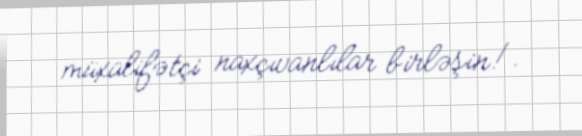
müxalifətçi naxçıvanlılar birləşin!.